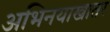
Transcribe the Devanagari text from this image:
अभिनयाखातर